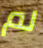
لم